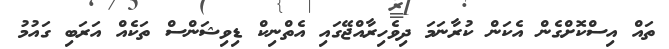
ތައް އިސްކޮށްގެން އެކަން ކުރާނަމަ ދިވެހިރާއްޖޭގައި އެތްނިކް ޑިވިޝަންސް ތަކެއް އަރަބި ގައުމު